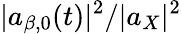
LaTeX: |a_{\beta,0}(t)|^{2}/|a_{X}|^{2}